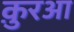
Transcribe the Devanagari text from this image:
क़ु़रआ